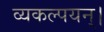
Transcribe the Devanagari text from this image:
व्यकल्पयन्।